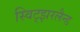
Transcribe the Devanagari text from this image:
स्विट्झरलैन्ड